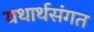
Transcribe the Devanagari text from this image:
यथार्थसंगत